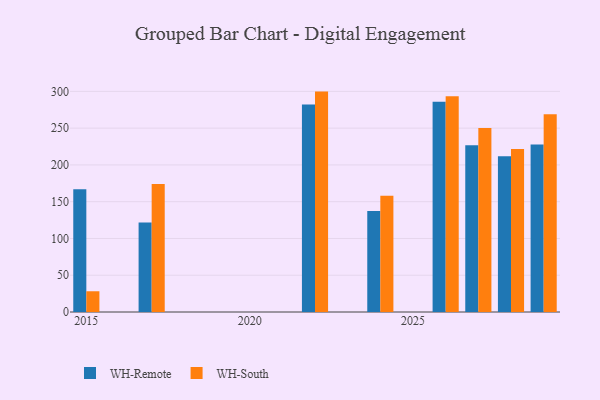
{"axis": {"x": "Year", "y": "Churn Rate (%)"}, "legend": ["WH-Remote", "WH-South"], "data": [{"x": "2024", "y": 137.5, "type": "WH-Remote"}, {"x": "2024", "y": 158.2, "type": "WH-South"}, {"x": "2028", "y": 211.9, "type": "WH-Remote"}, {"x": "2028", "y": 221.6, "type": "WH-South"}, {"x": "2015", "y": 167.0, "type": "WH-Remote"}, {"x": "2015", "y": 28.2, "type": "WH-South"}, {"x": "2026", "y": 285.8, "type": "WH-Remote"}, {"x": "2026", "y": 293.5, "type": "WH-South"}, {"x": "2017", "y": 121.8, "type": "WH-Remote"}, {"x": "2017", "y": 174.1, "type": "WH-South"}, {"x": "2022", "y": 282.3, "type": "WH-Remote"}, {"x": "2022", "y": 299.7, "type": "WH-South"}, {"x": "2029", "y": 227.7, "type": "WH-Remote"}, {"x": "2029", "y": 268.8, "type": "WH-South"}, {"x": "2027", "y": 226.6, "type": "WH-Remote"}, {"x": "2027", "y": 250.3, "type": "WH-South"}]}